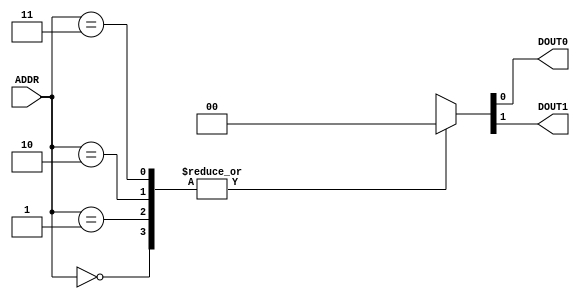
`timescale 1ns / 1ps
//////////////////////////////////////////////////////////////////////////////////
// Design Name:    ee201l_merge_array
// Module Name:    u_program_memory 
// Description:    This is a 4-location deep, 2-bit wide ROM. 
// Comments: 
//            (1) Use this code as a template. Edit this code to create the 
//                Control ROM For the MCU of the desired depth and width. 
//            (2) Edit the contents and fill them with the micro-instructions. 
//            (3) Re-create the symbol (by selecting this Verilog file in the Source
//                pane and double-cliking "Create Schematic Symbol" under the "Design 
//                Utilities" in the Processes pane. 
//
//////////////////////////////////////////////////////////////////////////////////
module u_program_memory(ADDR,
								DOUT0,DOUT1);

	input [1:0] ADDR;
	
	output DOUT0;
	output DOUT1;
	
	reg [1:0] data_out;
	
		 
   always @(ADDR)
	  begin  : u_program_memory_logic
         case (ADDR)
            2'b00:  data_out <= 2'b00;
            2'b01:  data_out <= 2'b00;
            2'b10:  data_out <= 2'b00;
            2'b11:  data_out <= 2'b00;
            default: data_out <= 2'bXX;
         endcase	 
	  end
	  
	  assign {DOUT1,DOUT0} = data_out;

endmodule